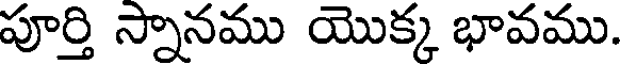
పూర్తి స్నానము యొక్క భావము.